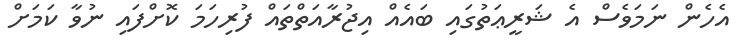
އެހެން ނަމަވެސް އެ ޝަރީޢަތުގައި ބައެއް އިޖުރާއަތްތައް ފުރިހަމަ ކޮށްފައި ނުވާ ކަމަށް